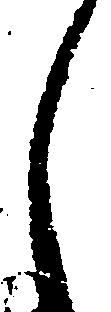
し